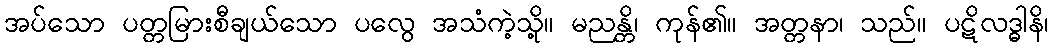
အပ်သော ပတ္တမြားစီချယ်သော ပလွေ အသံကဲ့သို့။ မညန္တိ၊ ကုန်၏။ အတ္တနာ၊ သည်။ ပဋိလဒ္ဓါနိ၊